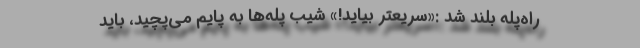
راه‌پله بلند شد :«سریعتر بیاید!» شیب پله‌ها به پایم می‌پچید، باید